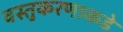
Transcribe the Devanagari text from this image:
वस्तुकरणाकडे